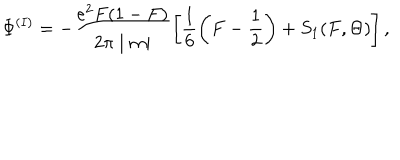
LaTeX: \Phi ^ { ( I ) } = - \frac { e ^ { 2 } F ( 1 - F ) } { 2 \pi \mid m \mid } \left[ \frac { 1 } { 6 } \left( F - \frac { 1 } { 2 } \right) + S _ { 1 } ( F , \Theta ) \right] ,